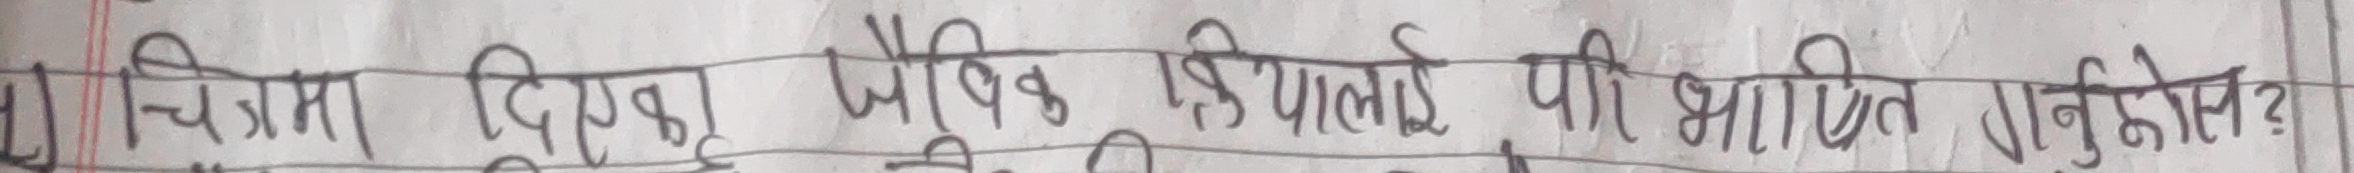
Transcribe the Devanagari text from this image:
चित्रमा दिएको जैविक क्रियालाई पीर भाषित गर्नुहोनुस?